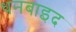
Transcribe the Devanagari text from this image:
धनबाइद